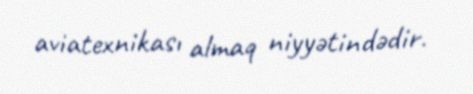
aviatexnikası almaq niyyətindədir.